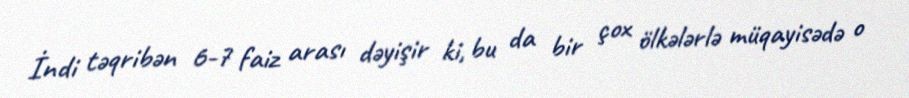
İndi təqribən 6-7 faiz arası dəyişir ki, bu da bir çox ölkələrlə müqayisədə o